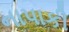
નાપાકી